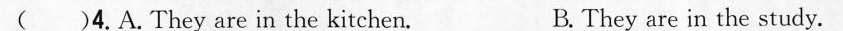
( )4.A.They are in the kitchen. B. They are in the study.